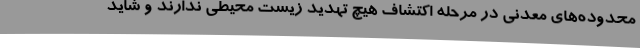
محدوده‌های معدنی در مرحله اکتشاف هیچ تهدید زیست محیطی ندارند و شاید